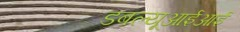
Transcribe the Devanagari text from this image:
डबल्यूआईआई